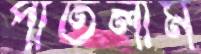
পাতলাম